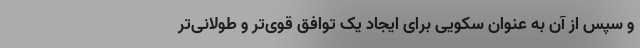
و سپس از آن به عنوان سکویی برای ایجاد یک توافق قوی‌تر و طولانی‌تر